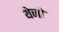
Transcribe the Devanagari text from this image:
थेजो